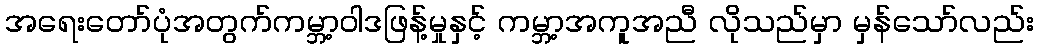
အရေးတော်ပုံအတွက်ကမ္ဘာ့ဝါဒဖြန့်မှုနှင့် ကမ္ဘာ့အကူအညီ လိုသည်မှာ မှန်သော်လည်း